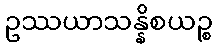
ဥဿယာသန္နိစယဉ္စ